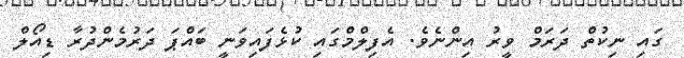
ގައި ނިކުތް ދަރަމް ވީރު އިންނެވެ. އެފިލްމްގައި ކުޅެފައިވަނީ ބައްޕަ ދަރުމެންދުރާ ޑިއޯލް